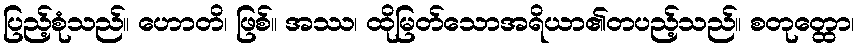
ပြည့်စုံသည်။ ဟောတိ၊ ဖြစ်။ အဿ၊ ထိုမြတ်သောအရိယာ၏တပည့်သည်။ စတုတ္ထော၊